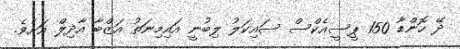
ދޭ ހޮންޑާ 150 ޕީސީއެކްސް ސައިކަލު ލިބުނީ އައިމިނަތު އަޒްބާ އާދިލް އަށެވެ.